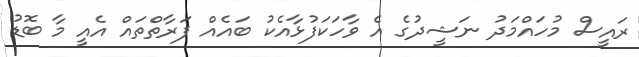
ރައީސް މުހައްމަދު ނަޝީދުގެ އެ ވާހަކަފުޅާއެކު ބައެއް ފަރާތްތައް އެއީ މާ ބޮޑު